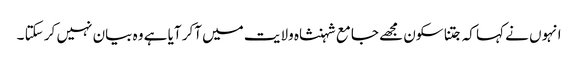
انہوں نے کہا کہ جتنا سکون مجھے جامع شہنشاہ ولایت میں آکر آیا ہے وہ بیان نہیں کر سکتا ۔